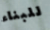
للبناء